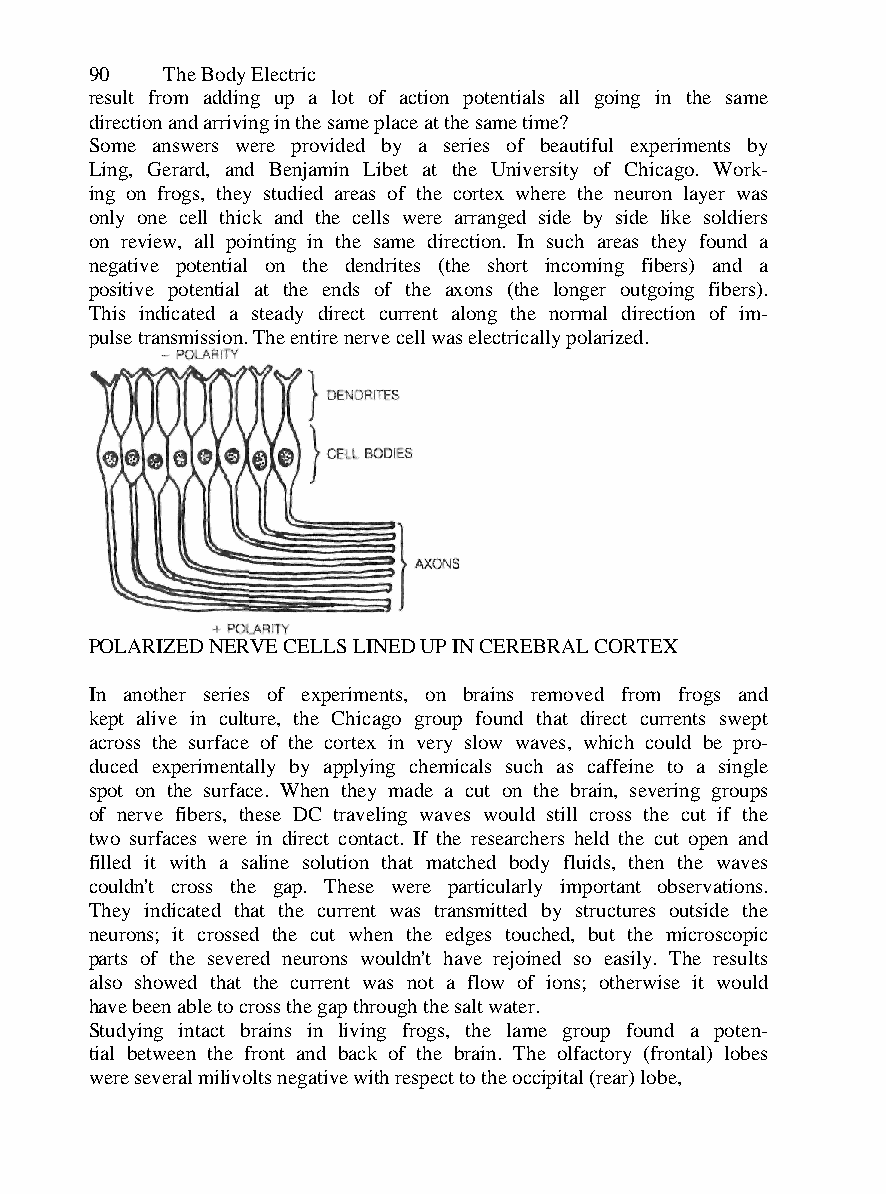
90   The Body Electric
 result from adding up a lot of action potentials all going in the same
 direction and arriving in the same place at the same time?
 Some answers were provided by a series of beautiful experiments by
 Ling, Gerard, and Benjamin Libet at the University of Chicago. Work-
 ing on frogs, they studied areas of the cortex where the neuron layer was
 only one cell thick and the cells were arranged side by side like soldiers
 on review, all pointing in the same direction. In such areas they found a
 negative potential on the dendrites (the short incoming fibers) and a
 positive potential at the ends of the axons (the longer outgoing fibers).
 This indicated a steady direct current along the normal direction of im-
 pulse transmission. The entire nerve cell was electrically polarized.
 POLARIZED NERVE CELLS LINED UP IN CEREBRAL CORTEX
 In another series of experiments, on brains removed from frogs and
 kept alive in culture, the Chicago group found that direct currents swept
 across the surface of the cortex in very slow waves, which could be pro-
 duced experimentally by applying chemicals such as caffeine to a single
 spot on the surface. When they made a cut on the brain, severing groups
 of nerve fibers, these DC traveling waves would still cross the cut if the
 two surfaces were in direct contact. If the researchers held the cut open and
 filled it with a saline solution that matched body fluids, then the waves
 couldn't cross the gap. These were particularly important observations.
 They indicated that the current was transmitted by structures outside the
 neurons; it crossed the cut when the edges touched, but the microscopic
 parts of the severed neurons wouldn't have rejoined so easily. The results
 also showed that the current was not a flow of ions; otherwise it would
 have been able to cross the gap through the salt water.
 Studying intact brains in living frogs, the lame group found a poten-
 tial between the front and back of the brain. The olfactory (frontal) lobes
 were several milivolts negative with respect to the occipital (rear) lobe,